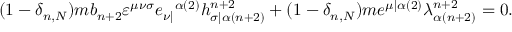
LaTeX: ( 1 - \delta _ { n , N } ) m b _ { n + 2 } \varepsilon ^ { \mu \nu \sigma } e _ { \nu | } { } ^ { \alpha ( 2 ) } h _ { \sigma | \alpha ( n + 2 ) } ^ { n + 2 } + ( 1 - \delta _ { n , N } ) m e ^ { \mu | \alpha ( 2 ) } \lambda _ { \alpha ( n + 2 ) } ^ { n + 2 } = 0 .